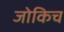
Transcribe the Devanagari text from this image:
जोकिच